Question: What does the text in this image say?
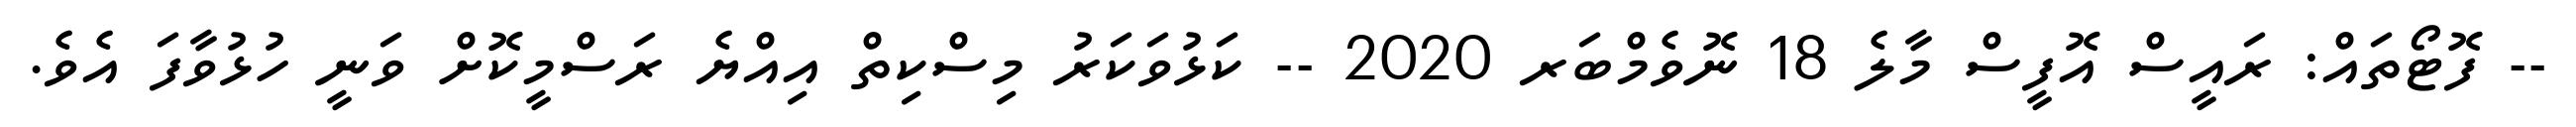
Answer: -- ފޮޓޯތައް: ރައީސް އޮފީސް މާލެ 18 ނޮވެމްބަރ 2020 -- ކަޅުވަކަރު މިސްކިތް އިއްޔެ ރަސްމީކޮށް ވަނީ ހުޅުވާފަ އެވެ.